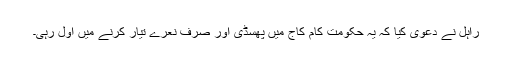
راہل نے دعویٰ کیا کہ یہ حکومت کام کاج میں پھسڈی اور صرف نعرے تیار کرنے میں اول رہی۔